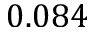
0 . 0 8 4